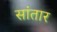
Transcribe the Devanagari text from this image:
सांतार